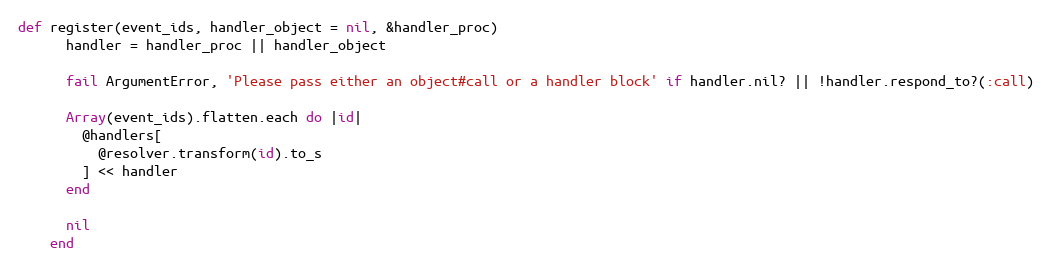
Language: Ruby
def register(event_ids, handler_object = nil, &handler_proc)
      handler = handler_proc || handler_object

      fail ArgumentError, 'Please pass either an object#call or a handler block' if handler.nil? || !handler.respond_to?(:call)

      Array(event_ids).flatten.each do |id|
        @handlers[
          @resolver.transform(id).to_s
        ] << handler
      end

      nil
    end